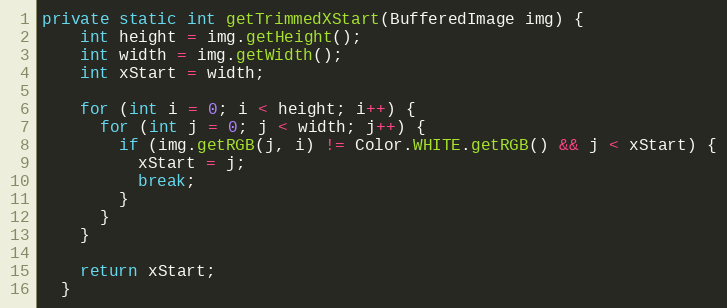
Language: Java
private static int getTrimmedXStart(BufferedImage img) {
    int height = img.getHeight();
    int width = img.getWidth();
    int xStart = width;

    for (int i = 0; i < height; i++) {
      for (int j = 0; j < width; j++) {
        if (img.getRGB(j, i) != Color.WHITE.getRGB() && j < xStart) {
          xStart = j;
          break;
        }
      }
    }

    return xStart;
  }